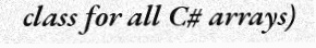
class for all C# arrays)